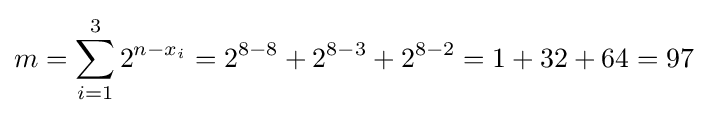
m=\sum _{i=1}^{3}2^{n-x_{i}}=2^{8-8}+2^{8-3}+2^{8-2}=1+32+64=97